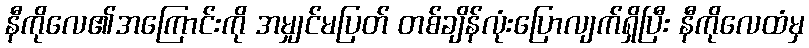
နီကိုလေ၏အကြောင်းကို အမျှင်မပြတ် တစ်ချိန်လုံးပြောလျက်ရှိပြီး နီကိုလေထံမှ